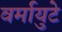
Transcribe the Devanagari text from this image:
वर्मायुटे